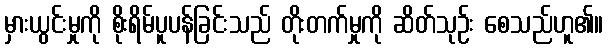
မှားယွင်းမှုကို စိုးရိမ်ပူပန်ခြင်းသည် တိုးတက်မှုကို ဆိတ်သုဉ်း စေသည်ဟူ၏။